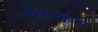
ઍગરાફોબિક